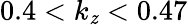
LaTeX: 0.4<k_{\mathit{z}}<0.47